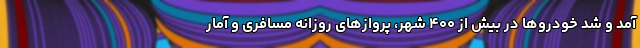
آمد و شد خودروها در بیش از ۴۰۰ شهر، پروازهای روزانه مسافری و آمار